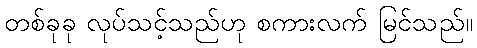
တစ်ခုခု လုပ်သင့်သည်ဟု စကားလက် မြင်သည်။